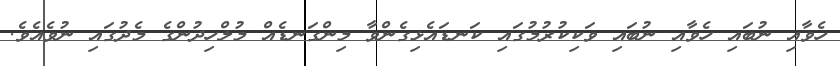
ހެވާއި ނުބައި ހެވާއި ނުބައި ވަކިކުރުމުގައި ކަނޑައެޅިގެންވާ މިންގަނޑެއް މުލްހިދުންގެ މެދުގައި ނުވެއެވެ.